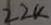
Text: 22K